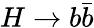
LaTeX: H\rightarrow b\bar{b}